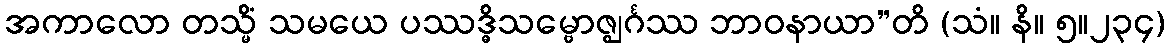
အကာလော တသ္မိံ သမယေ ပဿဒ္ဓိသမ္ဗောဇ္ဈင်္ဂဿ ဘာဝနာယာ”တိ (သံ။ နိ။ ၅။၂၃၄)